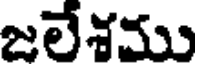
జలేశము